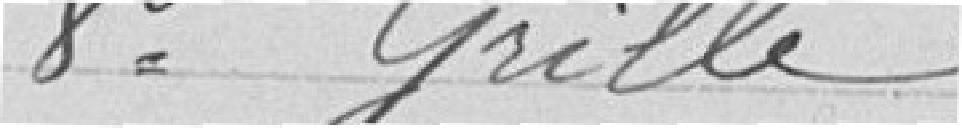
8° Grille